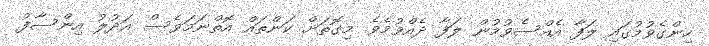
ހިންގެވުމުގައި ލަފާ އެއްސެވުމުން ލަފާ ދެއްވުމެވެ. މިގޮތަށް ކަންތައް އޮތްނަމަވެސް އަދުލު އިންސާފު